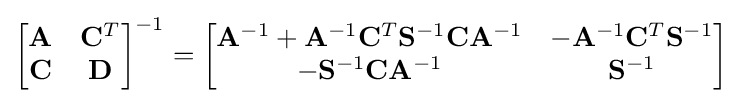
{\begin{bmatrix}\mathbf {A} &\mathbf {C} ^{T}\\\mathbf {C} &\mathbf {D} \end{bmatrix}}^{-1}={\begin{bmatrix}\mathbf {A} ^{-1}+\mathbf {A} ^{-1}\mathbf {C} ^{T}\mathbf {S} ^{-1}\mathbf {C} \mathbf {A} ^{-1}&-\mathbf {A} ^{-1}\mathbf {C} ^{T}\mathbf {S} ^{-1}\\-\mathbf {S} ^{-1}\mathbf {C} \mathbf {A} ^{-1}&\mathbf {S} ^{-1}\end{bmatrix}}